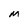
Character: M